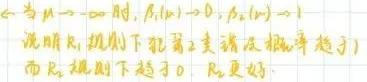
当$n\to +\infty$时，$\beta_1(n)\to 0$，$\beta_2(n)\to 1$
说明$R_1$规则下犯第二类错误概率趋于$1$
而$R_2$规则下趋于$0$，$R_2$更好。